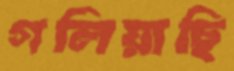
গলিয়াছি